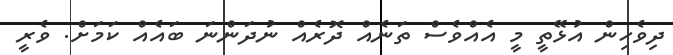
ދިވެހިން އުޅޭތީ މީ އެއްވެސް ތަނެއް ދޮރެއް ނުދަންނަ ބައެއް ކަމަށް. ވެރީ